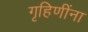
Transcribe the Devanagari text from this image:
गृहिणींना